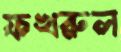
ফখরুল